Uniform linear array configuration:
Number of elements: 4
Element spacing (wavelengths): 0.25
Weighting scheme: uniform
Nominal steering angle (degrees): -60
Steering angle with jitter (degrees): -60.522
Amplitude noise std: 0.05
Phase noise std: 0.05

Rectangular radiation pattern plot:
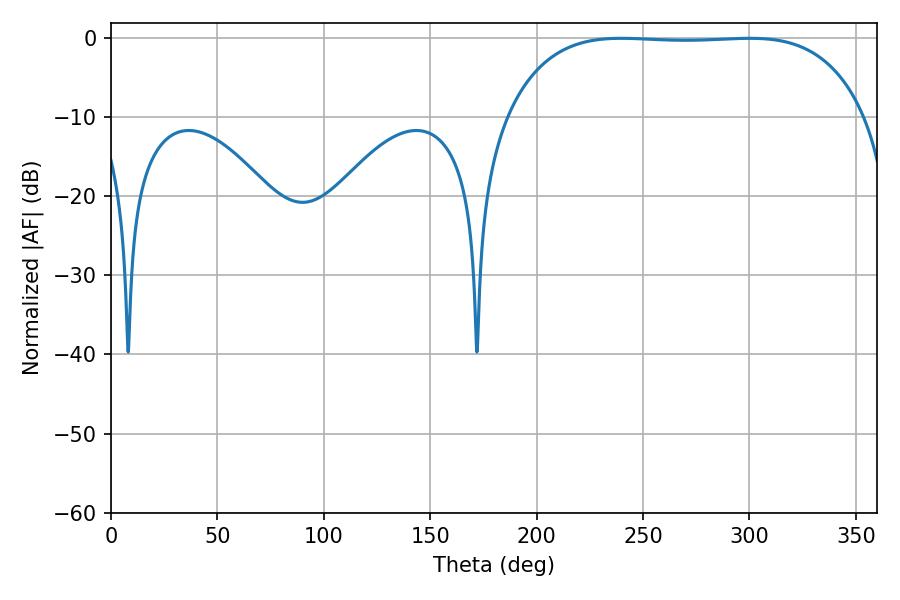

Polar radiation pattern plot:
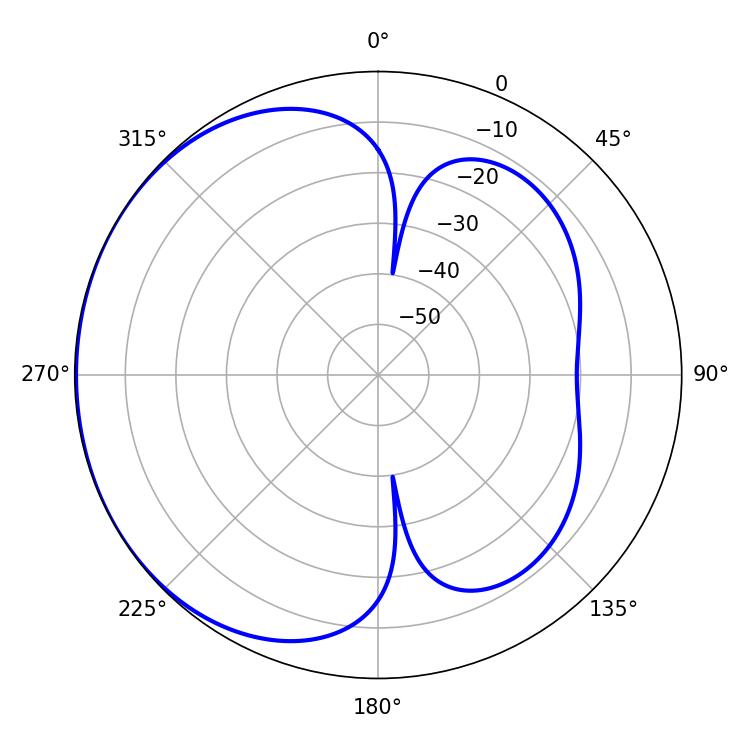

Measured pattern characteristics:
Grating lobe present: FALSE
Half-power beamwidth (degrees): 131.76
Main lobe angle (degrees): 239.76